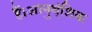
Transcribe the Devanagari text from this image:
हैं।आनुव्ंशिक